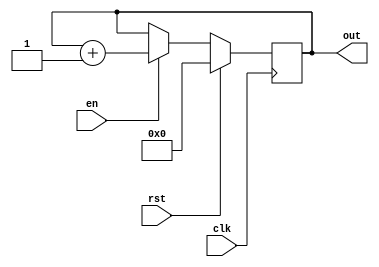
`timescale 1ns / 1ps
//////////////////////////////////////////////////////////////////////////////////
// Company: 
// Engineer: 
// 
// Design Name: 
// Module Name: ct_11b
// Project Name: 
// Target Devices: 
// Tool Versions: 
// Description: 
// 
// Dependencies: 
// 
// Revision:
// Revision 0.01 - File Created
// Additional Comments:
// 
//////////////////////////////////////////////////////////////////////////////////


module ct_11b(output reg [10:0] out,
              input en,rst,clk );
              
             always @(posedge clk)
             if (rst) out<=0;
             else if (en) out<=out +1;
             else out<=out;
endmodule